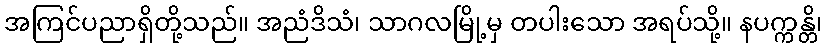
အကြင်ပညာရှိတို့သည်။ အညံဒိသံ၊ သာဂလမြို့မှ တပါးသော အရပ်သို့။ နပက္ကန္တိ၊